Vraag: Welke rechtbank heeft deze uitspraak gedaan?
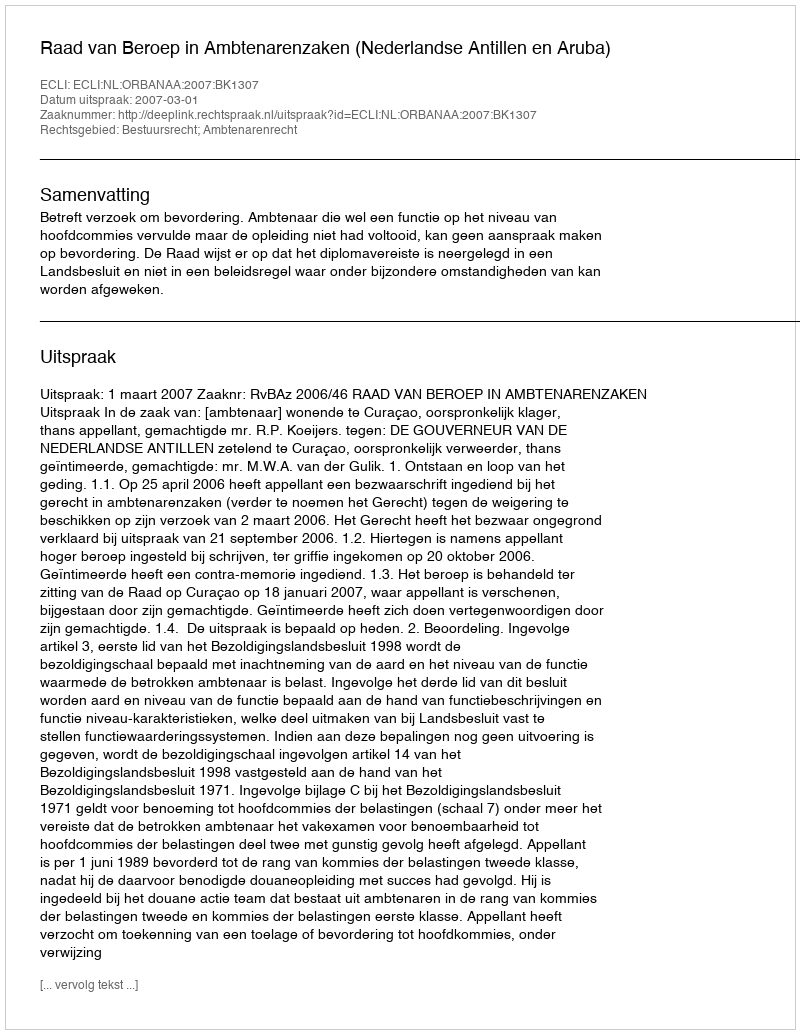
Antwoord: Raad van Beroep in Ambtenarenzaken (Nederlandse Antillen en Aruba)